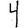
Digit: 4